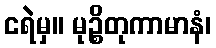
ငရဲမှ။ မုဉ္စိတုကာမာနံ၊